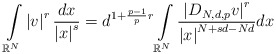
\begin{align*}\int\limits_{\mathbb{R}^{N}}\left\vert v\right\vert ^{r}\frac{dx}{\left\vert x\right\vert ^{s}}=d^{1+\frac{p-1}{p}r}\int\limits_{\mathbb{R}^{N}}\frac{\left\vert D_{N,d,p}v\right\vert ^{r}}{\left\vert x\right\vert^{N+sd-Nd}}dx\end{align*}